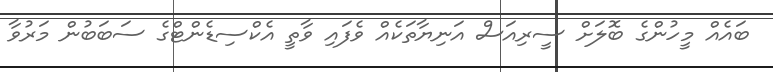
ބައެއް މީހުންގެ ބޮލަށް ސީރިއަސް އަނިޔާތަކެއް ވެފައި ވާތީ އެކްސިޑެންޓްގެ ސަބަބުން މަރުވާ